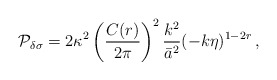
\begin{align*}{\cal P}_{\delta\sigma} = 2\kappa^2 \left( {C(r) \over 2\pi} \right)^2 {k^2\over\bar{a}^2} (-k\eta)^{1-2r} \, ,\end{align*}